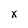
Character: x